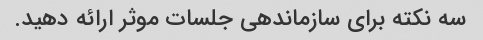
سه نکته برای سازماندهی جلسات موثر ارائه دهید.